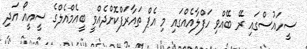
ސީހައުސްގައި ރޭ ބޭއްވި ހަފްލާއެއްގައި މި އެޕް ތައާރަފްކޮށްދެއްވީ ބީއެމްއެލްގެ ސީއީއޯ އަދި